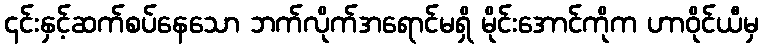
၎င်းနှင့်ဆက်စပ်နေသော ဘက်လိုက်အရောင်မရှိ မိုင်းအောင်ကိုက ဟာဝိုင်ယီမှ